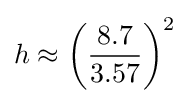
h\approx \left({\frac {8.7}{3.57}}\right)^{2}